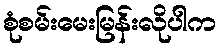
စုံစမ်းမေးမြန်းလိုပါက